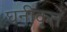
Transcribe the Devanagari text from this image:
घनीकृत